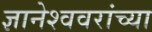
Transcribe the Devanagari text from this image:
ज्ञानेश्ववरांच्या